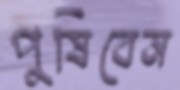
পুষিবেন